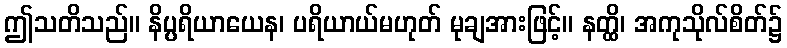
ဤသတိသည်။ နိပ္ပရိယာယေန၊ ပရိယာယ်မဟုတ် မုချအားဖြင့်။ နတ္ထိ၊ အကုသိုလ်စိတ်၌